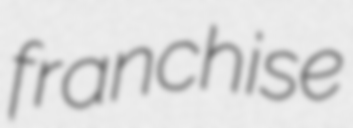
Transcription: franchise